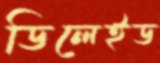
ডিলেইড